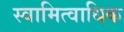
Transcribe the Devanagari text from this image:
स्वामित्वाधिक